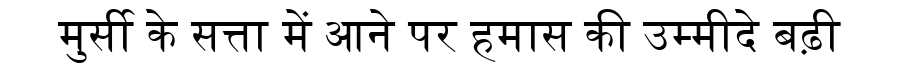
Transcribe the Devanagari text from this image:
मुर्सी के सत्ता में आने पर हमास की उम्मीदे बढ़ी